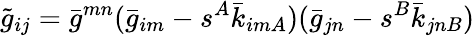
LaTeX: \tilde{g}_{ij}=\bar{g}^{mn}(\bar{g}_{im}-s^{A}\bar{k}_{imA})(\bar{g}_{jn}-s^{B}\bar{k}_{jnB})